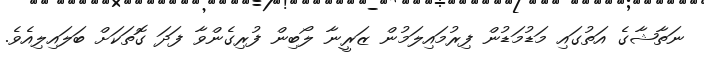
ނަތާޝާގެ އަތުގައި މަޑުމަޑުން ފިރުމައިލަމުން ޒަރީނާ ލޯބިން ފުރިގެންވާ ފަދަ ގޮތަކަށް ބަލައިލިއެވެ.